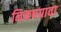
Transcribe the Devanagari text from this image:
निकषग्रावा